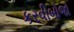
કરવીબોજો